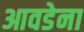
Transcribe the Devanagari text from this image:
आवडेना